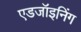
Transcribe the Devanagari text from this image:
एडजॉइनिंग